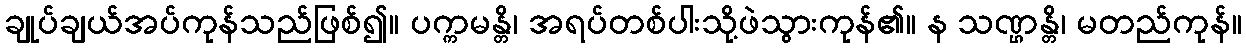
ချုပ်ချယ်အပ်ကုန်သည်ဖြစ်၍။ ပက္ကမန္တိ၊ အရပ်တစ်ပါးသို့ဖဲသွားကုန်၏။ န သဏ္ဌန္တိ၊ မတည်ကုန်။